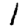
Digit: 1